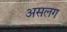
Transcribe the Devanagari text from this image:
असलग